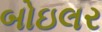
બોઇલર